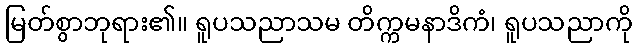
မြတ်စွာဘုရား၏။ ရူပသညာသမ တိက္ကမနာဒိကံ၊ ရူပသညာကို